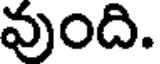
వుంది.